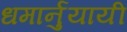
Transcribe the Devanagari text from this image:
धमार्नुयायी